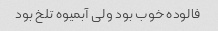
فالوده خوب بود ولی آبمیوه تلخ بود